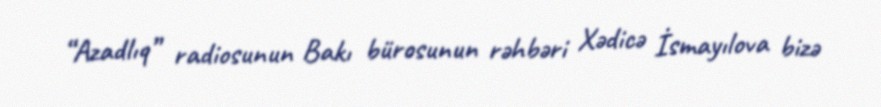
“Azadlıq” radiosunun Bakı bürosunun rəhbəri Xədicə İsmayılova bizə